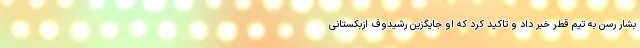
بشار رسن به تیم قطر خبر داد و تاکید کرد که او جایگزین رشیدوف ازبکستانی